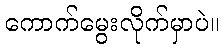
ကောက်မွေးလိုက်မှာပဲ။